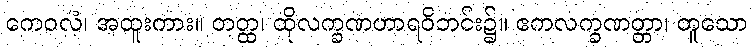
ကေဝလံ၊ အထူးကား။ တတ္ထ၊ ထိုလက္ခဏဟာရဝိဘင်း၌။ ဧကလက္ခဏတ္တာ၊ တူသော